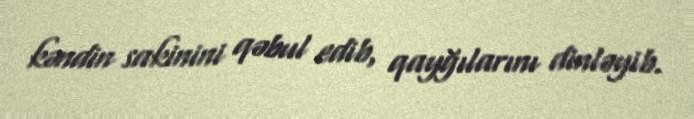
kəndin sakinini qəbul edib, qayğılarını dinləyib.